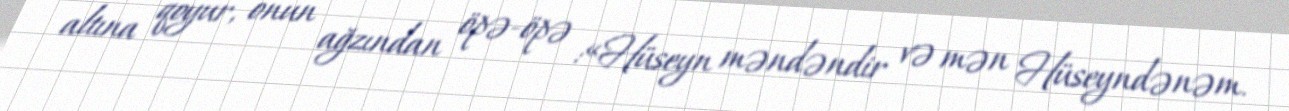
altına qoyur, onun ağzından öpə-öpə :«Hüseyn məndəndir və mən Hüseyndənəm.